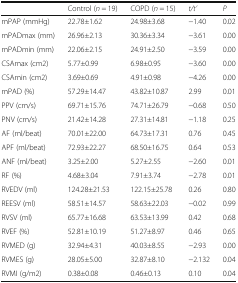
<table><thead><tr><td></td><td><b>Control (<i>n</i> = 19)</b></td><td><b>COPD (<i>n</i> = 15)</b></td><td><b><i>t/t’</i></b></td><td><b><i>P</i></b></td></tr></thead><tbody><tr><td>mPAP (mmHg)</td><td>22.78±1.62</td><td>24.98±3.68</td><td>−1.40</td><td>0.02</td></tr><tr><td>mPADmax (mm)</td><td>26.96±2.13</td><td>30.36±3.34</td><td>−3.61</td><td>0.00</td></tr><tr><td>mPADmin (mm)</td><td>22.06±2.15</td><td>24.91±2.50</td><td>−3.59</td><td>0.00</td></tr><tr><td>CSAmax (cm2)</td><td>5.77±0.99</td><td>6.98±0.95</td><td>−3.60</td><td>0.00</td></tr><tr><td>CSAmin (cm2)</td><td>3.69±0.69</td><td>4.91±0.98</td><td>−4.26</td><td>0.00</td></tr><tr><td>mPAD (%)</td><td>57.29±14.47</td><td>43.82±10.87</td><td>2.99</td><td>0.01</td></tr><tr><td>PPV (cm/s)</td><td>69.71±15.76</td><td>74.71±26.79</td><td>−0.68</td><td>0.50</td></tr><tr><td>PNV (cm/s)</td><td>21.42±14.28</td><td>27.31±14.81</td><td>−1.18</td><td>0.25</td></tr><tr><td>AF (ml/beat)</td><td>70.01±22.00</td><td>64.73±17.31</td><td>0.76</td><td>0.45</td></tr><tr><td>APF (ml/beat)</td><td>72.93±22.27</td><td>68.50±16.75</td><td>0.64</td><td>0.53</td></tr><tr><td>ANF (ml/beat)</td><td>3.25±2.00</td><td>5.27±2.55</td><td>−2.60</td><td>0.01</td></tr><tr><td>RF (%)</td><td>4.68±3.04</td><td>7.91±3.74</td><td>−2.78</td><td>0.01</td></tr><tr><td>RVEDV (ml)</td><td>124.28±21.53</td><td>122.15±25.78</td><td>0.26</td><td>0.80</td></tr><tr><td>REESV (ml)</td><td>58.51±14.57</td><td>58.63±22.03</td><td>−0.02</td><td>0.99</td></tr><tr><td>RVSV (ml)</td><td>65.77±16.68</td><td>63.53±13.99</td><td>0.42</td><td>0.68</td></tr><tr><td>RVEF (%)</td><td>52.81±10.19</td><td>51.27±8.97</td><td>0.46</td><td>0.65</td></tr><tr><td>RVMED (g)</td><td>32.94±4.31</td><td>40.03±8.55</td><td>−2.93</td><td>0.00</td></tr><tr><td>RVMES (g)</td><td>28.05±5.00</td><td>32.87±8.10</td><td>−2.132</td><td>0.04</td></tr><tr><td>RVMI (g/m2)</td><td>0.38±0.08</td><td>0.46±0.13</td><td>0.10</td><td>0.04</td></tr></tbody></table>